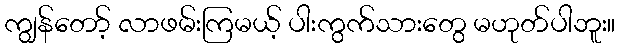
ကျွန်တော့် လာဖမ်းကြမယ့် ပါးကွက်သားတွေ မဟုတ်ပါဘူး။